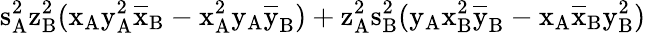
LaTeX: \mathrm{s_{A}^{2}\mathrm{z_{B}^{2}(\mathrm{x_{A}\mathrm{y_{A}^{2}\mathrm{\overline{{x}}_{B}-\mathrm{x_{A}^{2}\mathrm{y_{A}\mathrm{\overline{{y}}_{B})+\mathrm{z_{A}^{2}\mathrm{s_{B}^{2}(\mathrm{y_{A}\mathrm{x_{B}^{2}\mathrm{\overline{{y}}_{B}-\mathrm{x_{A}\mathrm{\overline{{x}}_{B}\mathrm{y_{B}^{2})}}}}}}}}}}}}}}}}